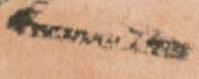
へ